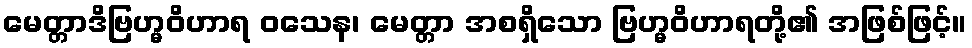
မေတ္တာဒိဗြဟ္မဝိဟာရ ဝသေန၊ မေတ္တာ အစရှိသော ဗြဟ္မဝိဟာရတို့၏ အဖြစ်ဖြင့်။